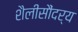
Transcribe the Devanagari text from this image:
शैलीसौंदर्य